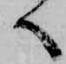
へ